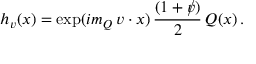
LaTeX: h _ { v } ( x ) = \exp ( i m _ { Q } \, v \cdot x ) \, { \frac { ( 1 + \rlap / v ) } { 2 } } \, Q ( x ) \, .